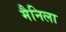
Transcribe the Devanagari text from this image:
मैनिला